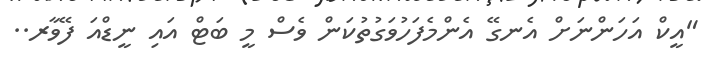
"އީކް އަހަންނަށް އެނގޭ އެންމެފަހުވަގުތުކަން ވެސް މީ ބަޓް އައި ނީޑްއަ ފޭވާރ..